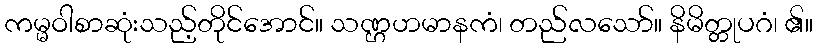
ကမ္မဝါစာဆုံးသည့်တိုင်အောင်။ သဏ္ဌဟမာနကံ၊ တည်လသော်။ နိမိတ္တုပဂံ၊ ၏။